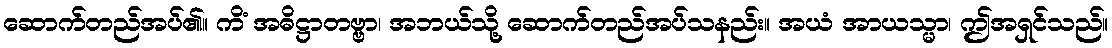
ဆောက်တည်အပ်၏။ ကိံ အဓိဋ္ဌာတဗ္ဗာ၊ အဘယ်သို့ ဆောက်တည်အပ်သနည်း။ အယံ အာယသ္မာ၊ ဤအရှင်သည်။